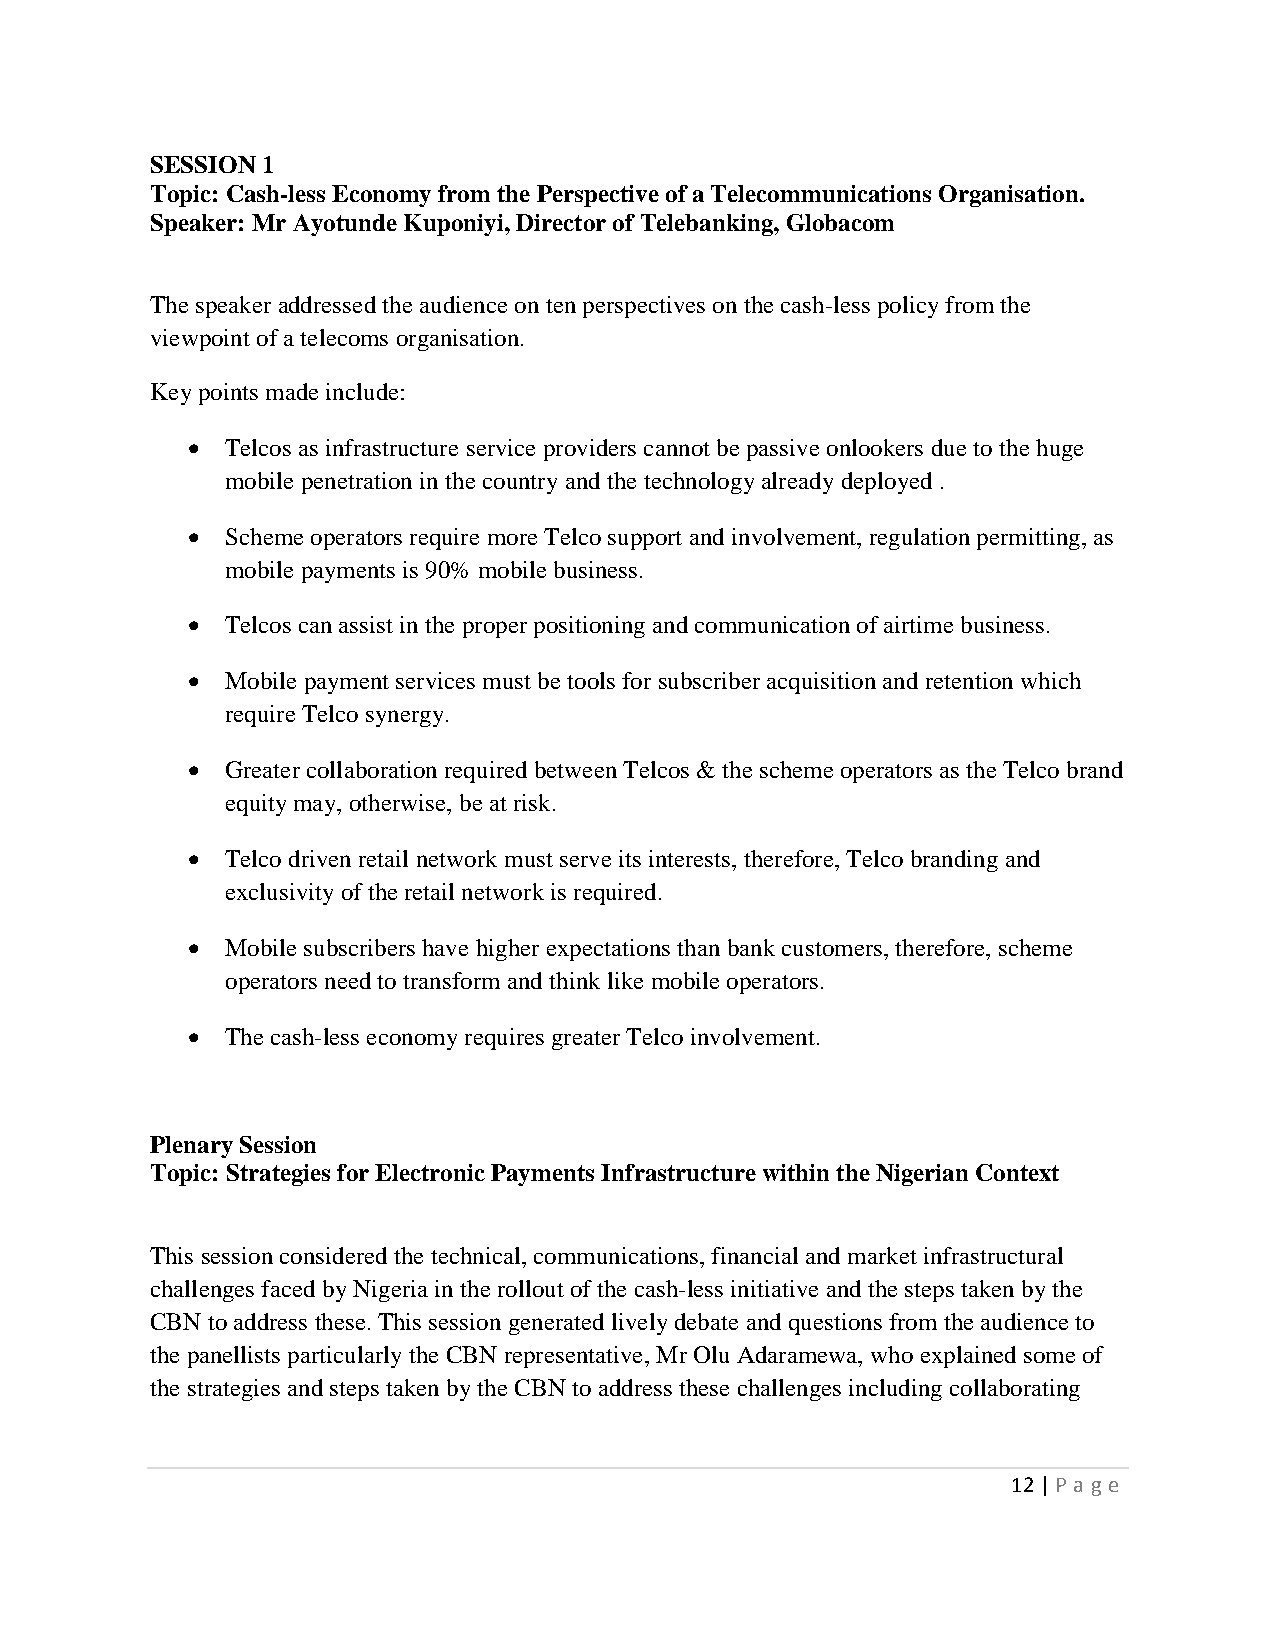
SESSION 1
 Topic: Cash-less Economy from the Perspective of a Telecommunications Organisation.
 Speaker: Mr Ayotunde Kuponiyi, Director of Telebanking, Globacom
 The speaker addressed the audience on ten perspectives on the cash-less policy from the
 viewpoint of a telecoms organisation.
 Key points made include:
   Telcos as infrastructure service providers cannot be passive onlookers due to the huge
 mobile penetration in the country and the technology already deployed .
   Scheme operators require more Telco support and involvement, regulation permitting, as
 mobile payments is 90% mobile business.
   Telcos can assist in the proper positioning and communication of airtime business.
   Mobile payment services must be tools for subscriber acquisition and retention which
 require Telco synergy.
   Greater collaboration required between Telcos & the scheme operators as the Telco brand
 equity may, otherwise, be at risk.
   Telco driven retail network must serve its interests, therefore, Telco branding and
 exclusivity of the retail network is required.
   Mobile subscribers have higher expectations than bank customers, therefore, scheme
 operators need to transform and think like mobile operators.
   The cash-less economy requires greater Telco involvement.
 Plenary Session
 Topic: Strategies for Electronic Payments Infrastructure within the Nigerian Context
 This session considered the technical, communications, financial and market infrastructural
 challenges faced by Nigeria in the rollout of the cash-less initiative and the steps taken by the
 CBN to address these. This session generated lively debate and questions from the audience to
 the panellists particularly the CBN representative, Mr Olu Adaramewa, who explained some of
 the strategies and steps taken by the CBN to address these challenges including collaborating
 12 | P age